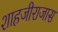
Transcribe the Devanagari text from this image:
शाहजीराजास